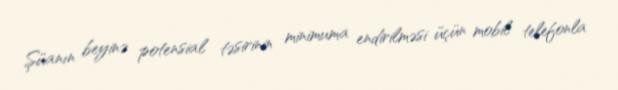
Şüanın beyinə potensial təsirinin minimuma endirilməsi üçün mobil telefonla